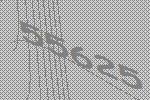
55625